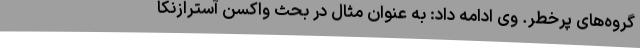
گروه‌های پرخطر. وی ادامه داد: به عنوان مثال در بحث واکسن آسترازنکا